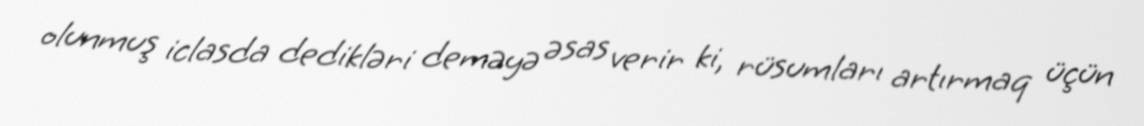
olunmuş iclasda dedikləri deməyə əsas verir ki, rüsumları artırmaq üçün